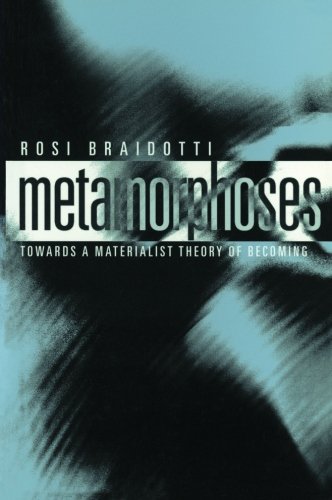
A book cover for Metamorphoses: Towards a Materialist Theory of Becoming; Rosi Braidotti; Gay & Lesbian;